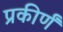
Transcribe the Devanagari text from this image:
प्रकीर्णं